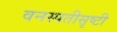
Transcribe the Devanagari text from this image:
वनस्पतीसृष्टी